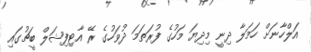
އަލްހާނަށް ހަމަލާ ދިނީ މިދިޔަ މަހުގެ ފުރަތަމަ ދުވަހުގެ ރޭ އާޓިފިޝަލް ބީޗުގައި